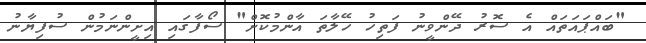
"ބައްޕައަތައް އެ ސޮރު ދޭންވީނު ފަތިހު ހޭލާތަ އާންމުކޮށް" ސޯފާގައި އިށީންނަމުން ސުފިޔާނު